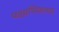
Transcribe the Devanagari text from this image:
पक्षाभिकामय